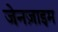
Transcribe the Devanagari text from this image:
जेनज़ाइम